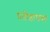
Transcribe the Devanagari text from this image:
प्रतीष्ठापणा